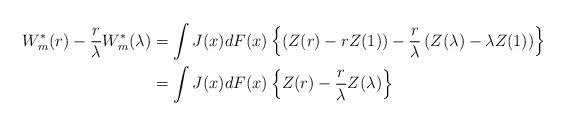
LaTeX: \begin{align*}W_m^*(r)-\frac{r}{\lambda}W_m^*(\lambda)&=\int J(x)dF(x)\left\{\left(Z(r)-rZ(1)\right)-\frac{r}{\lambda}\left(Z(\lambda)-\lambda Z(1)\right)\right\} \\&=\int J(x)dF(x)\left\{Z(r)-\frac{r}{\lambda}Z(\lambda)\right\}\end{align*}